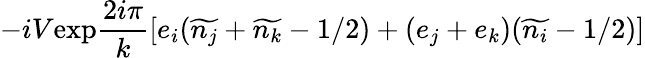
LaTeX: -iV\mathrm{exp}\frac{2i\pi}{k}\left[e_{i}(\widetilde{n_{j}}+\widetilde{n_{k}}-1/2)+(e_{j}+e_{k})(\widetilde{n_{i}}-1/2)\right]